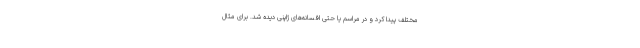
مختلف پیدا کرد و در مراسم یا حتی افسانه‌های ژاپنی دیده شد. برای مثال